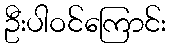
ဦးပါဝင်ကြောင်း